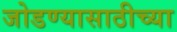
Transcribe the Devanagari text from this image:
जोडण्यासाठीच्या